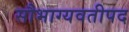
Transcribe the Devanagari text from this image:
सौभाग्यवतीपद